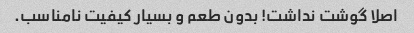
اصلا گوشت نداشت! بدون طعم و بسیار کیفیت نامناسب.